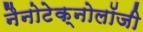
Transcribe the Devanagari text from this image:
नैनोटेक्नोलॉजी